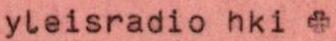
yleisradio hki +